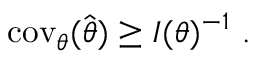
\operatorname { c o v } _ { \boldsymbol { \theta } } ( \hat { \boldsymbol { \theta } } ) \geq I ( \boldsymbol { \theta } ) ^ { - 1 } ~ .